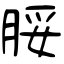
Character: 脮